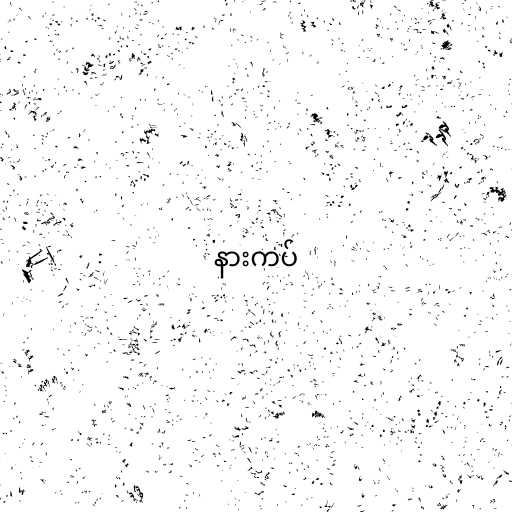
နားကပ်